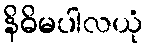
နိဓိမပါလယုံ